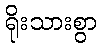
ရိုးသားစွာ